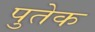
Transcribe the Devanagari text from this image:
पुतेक